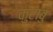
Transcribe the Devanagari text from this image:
कुराबु